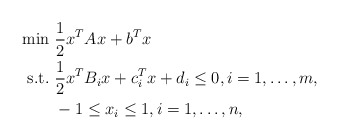
\begin{align*}\begin{aligned}\min&\ \frac{1}{2}x^TAx+b^Tx\\\mbox{s.t.}&\ \frac{1}{2}x^TB_ix+c_i^Tx+d_i\leq0,i=1,\dots,m,\\&\ -1\leq x_i \leq1, i=1,\dots,n,\end{aligned}\end{align*}